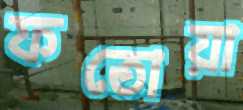
ফতোয়া